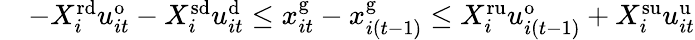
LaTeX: \begin{array}{rl}&{-X_{i}^{\mathrm{rd}}u_{it}^{\mathrm{o}}-X_{i}^{\mathrm{sd}}u_{it}^{\mathrm{d}}\leq x_{it}^{\mathrm{g}}-x_{i\left(t-1\right)}^{\mathrm{g}}\leq X_{i}^{\mathrm{ru}}u_{i(t-1)}^{\mathrm{o}}+X_{i}^{\mathrm{su}}u_{it}^{\mathrm{u}}}\end{array}